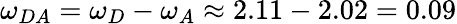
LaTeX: \omega_{DA}=\omega_{D}-\omega_{A}\approx 2.11-2.02=0.09